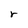
Character: r